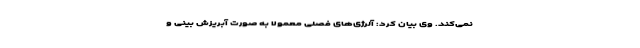
نمی‌کند. وی بیان کرد: آلرژی‌های فصلی معمولا به صورت آبریزش بینی و